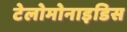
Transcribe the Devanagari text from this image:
टेलोमोनाइडिस